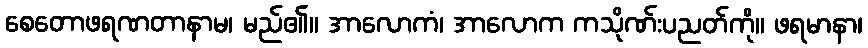
စေတောဖရဏတာနာမ၊ မည်၏။ အာလောကံ၊ အာလောက ကသိုဏ်းပညတ်ကို။ ဖရမာနာ၊